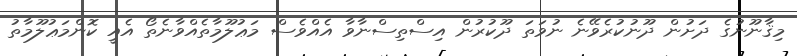
މިޤާނޫނުގެ ދަށުން ދޫނުކުރެވޭނެ ނުވަތަ ދޫކުރުން އިސްތިސްނާވާ އެއްވެސް މަޢުލޫމާތެއްވާނެތޯ އެއީ ކޮންމަޢުލޫމާތު